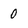
Character: 0